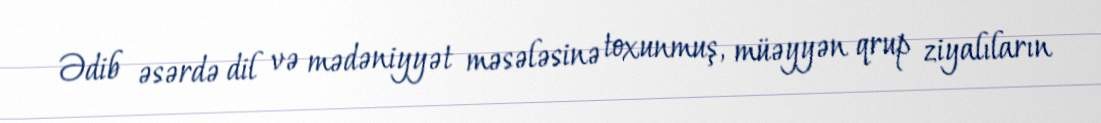
Ədib əsərdə dil və mədəniyyət məsələsinə toxunmuş, müəyyən qrup ziyalıların